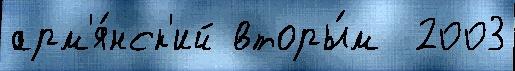
арм'я́нск'ий вторы́м  2003